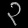
Digit: ၃